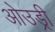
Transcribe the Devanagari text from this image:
ओउड्री